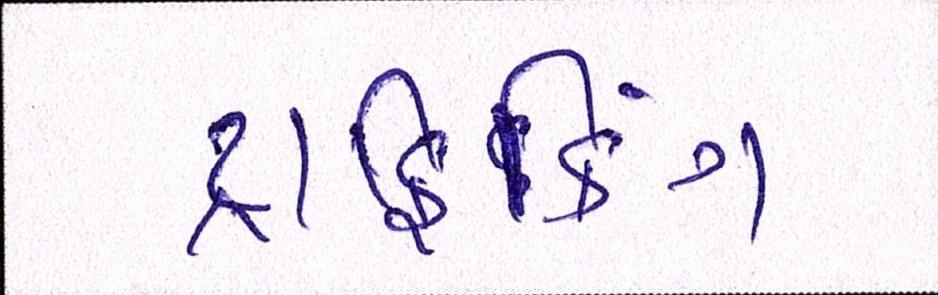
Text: ટ્રાફિકિંગ